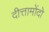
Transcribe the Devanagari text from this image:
दीत्तामोंदो